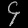
Digit: ၄